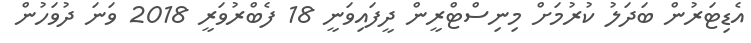
އެޑިޓަރުން ބަދަލު ކުރުމަށް މިނިސްޓްރީން ދީފައިވަނީ 18 ފެބްރުވަރީ 2018 ވަނަ ދުވަހުން